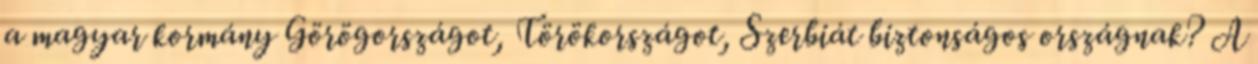
a magyar kormány Görögországot, Törökországot, Szerbiát biztonságos országnak? A